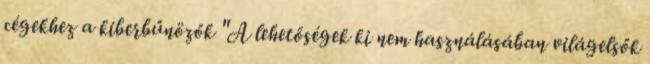
cégekhez a kiberbűnözők "A lehetőségek ki nem használásában világelsők